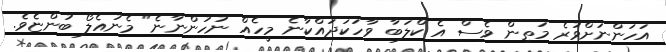
އަހަންނަށްވުރެ މަތިން ވެސް އެ ކްލަބާ ވާހަކަދައްކާނެ މީހެއް ނުހުންނާނެ" މެނުއެލޯ ބުންޏެވެ.